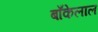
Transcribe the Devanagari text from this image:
बाँकेलाल